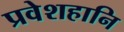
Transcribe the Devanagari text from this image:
प्रवेशहानि